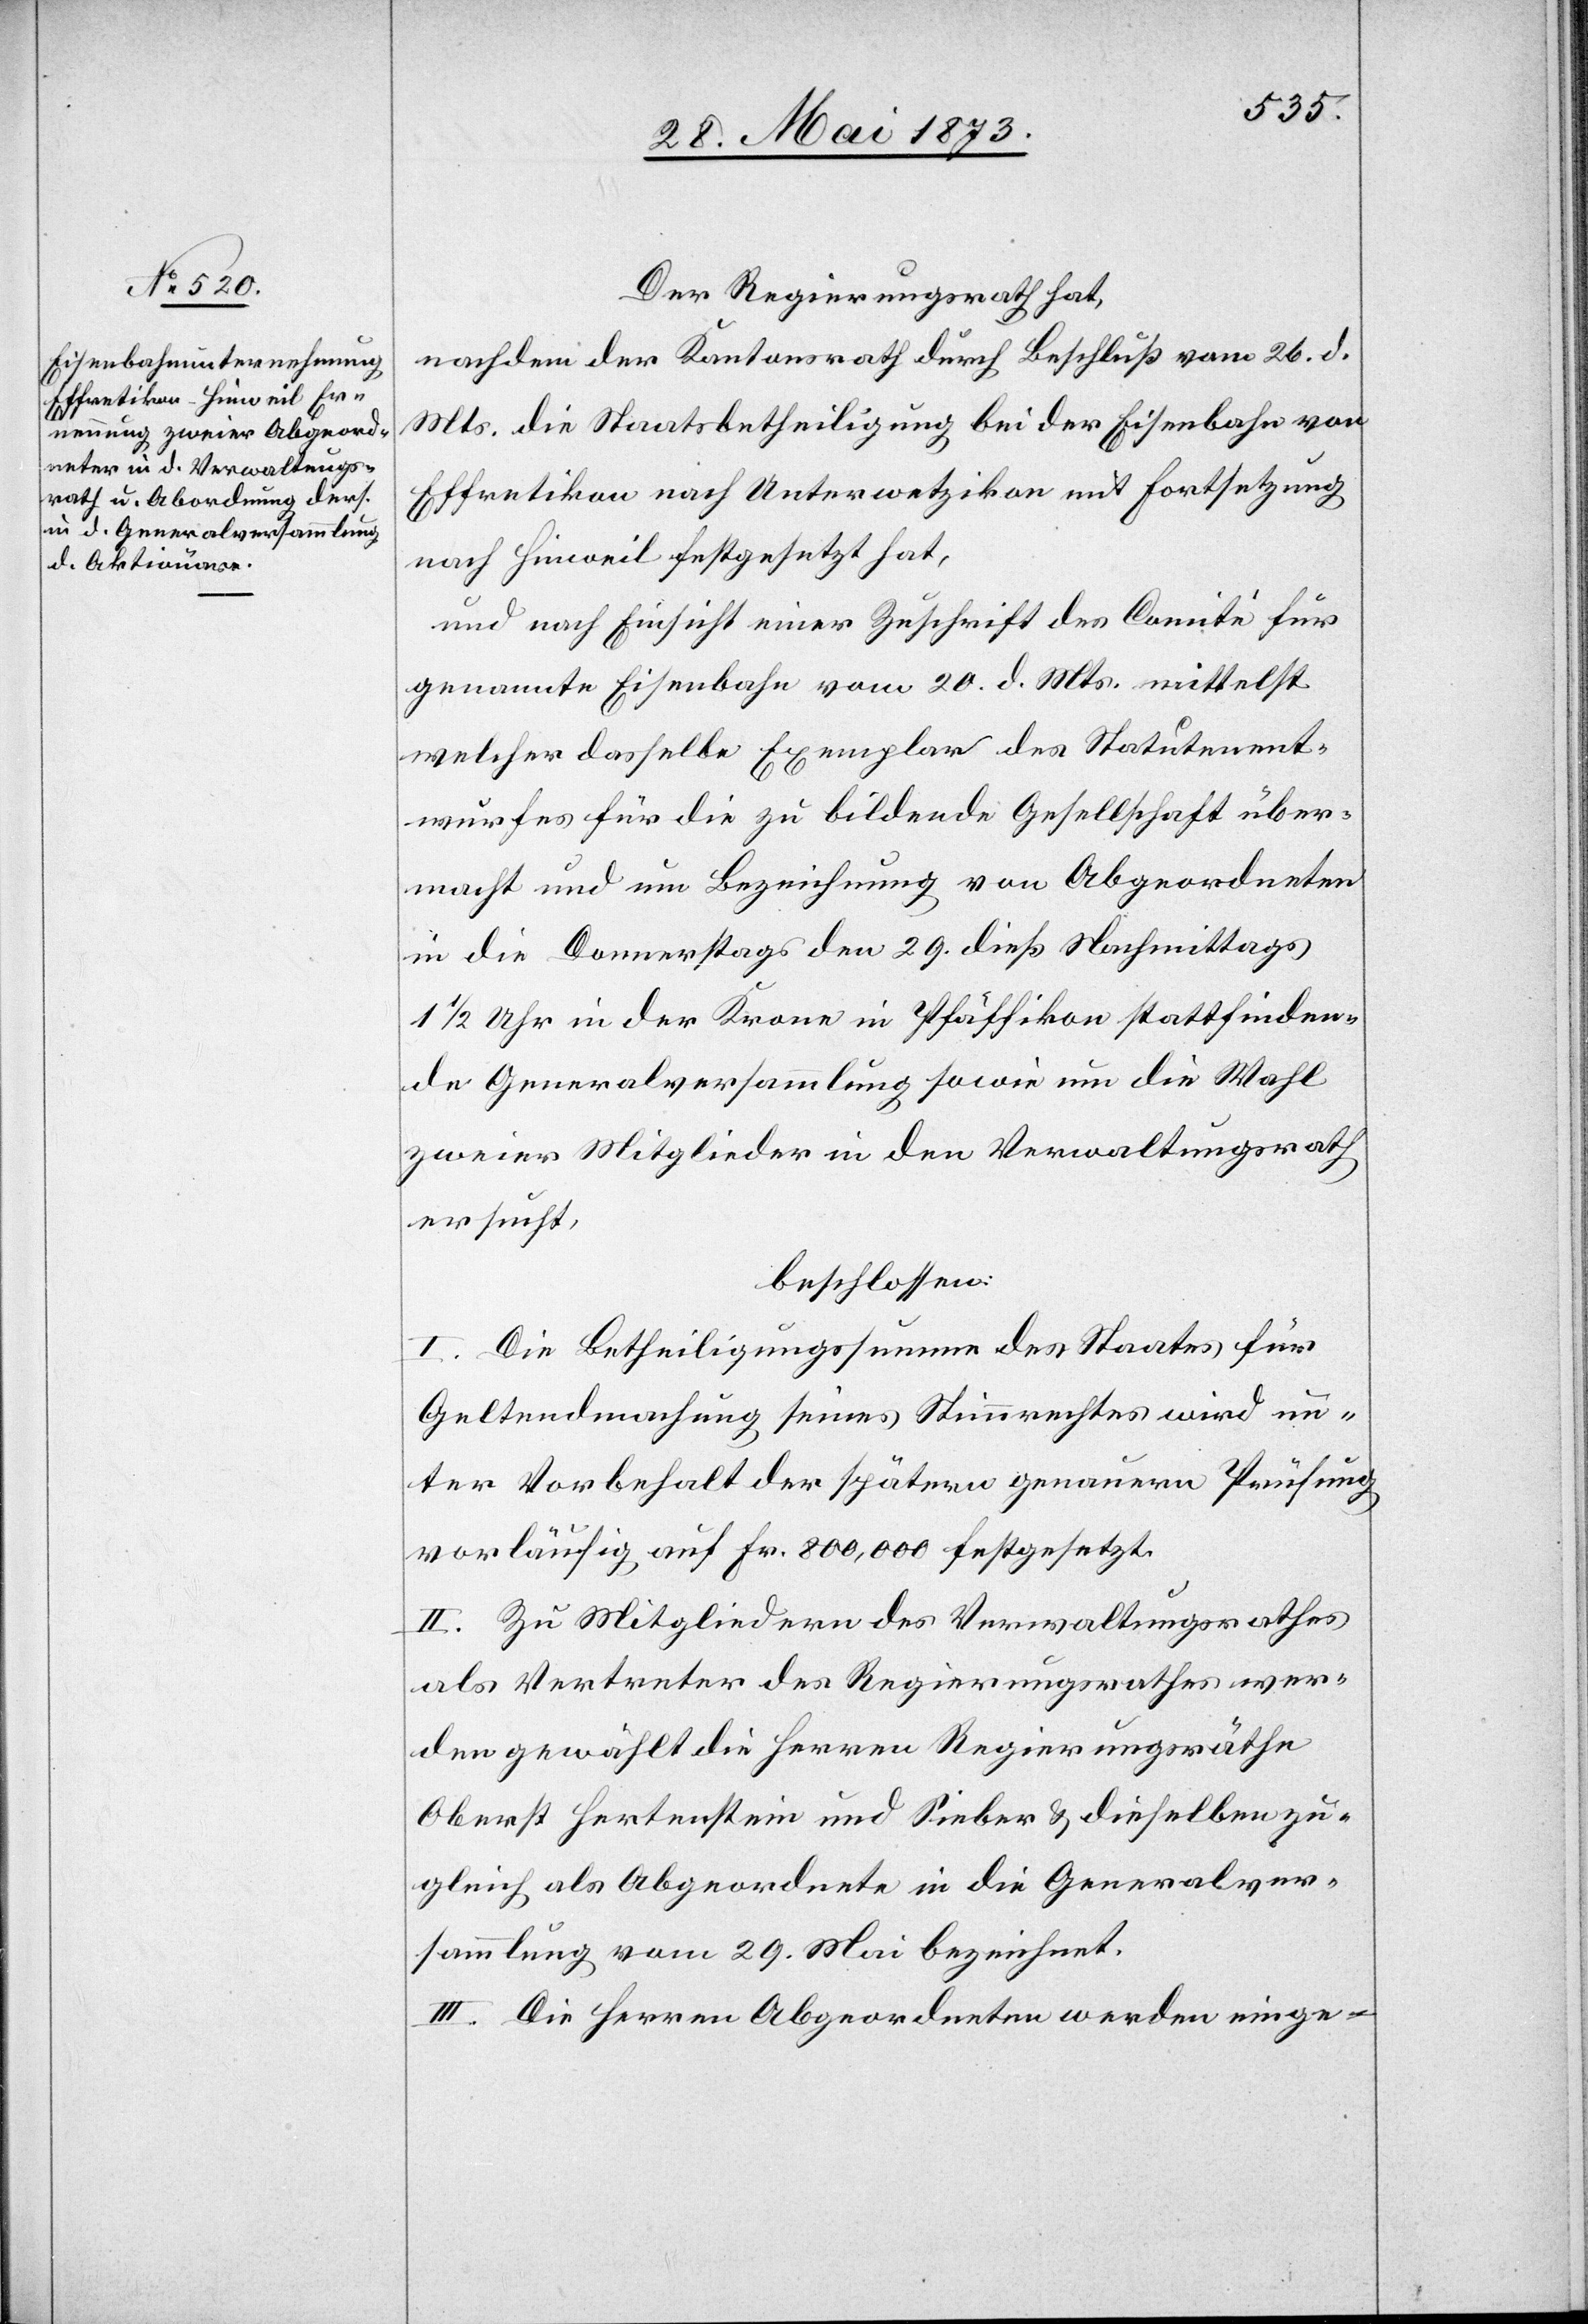
Der Regierungsrath hat,
nachdem der Kantonsrath durch Beschluß vom 26. d.
Mts. die Staatsbetheiligung bei der Eisenbahn von
Effretikon nach Unterwetzikon mit Fortsetzung
nach Hinweil festgesetzt hat,
und nach Einsicht einer Zuschrift des Comité für
genannte Eisenbahn vom 20. d. Mts. mittelst
welcher dasselbe Exemplar des Statutenent¬
wurfes für die zu bildende Gesellschaft über¬
macht und um Bezeichnung von Abgeordneten
in die Donnerstags den 29. dieß Nachmittags
1 1/2 Uhr in der Krone in Pfäffikon stattfinden¬
de Generalversammlung sowie um die Wahl
zweier Mitglieder in den Verwaltungsrath
ersucht,
beschlossen:
I. Die Betheiligungssumme des Staates für
Geltendmachung seines Stimmrechtes wird un¬
ter Vorbehalt der spätern genauern Prüfung
vorläufig auf Fr. 800,000 festgesetzt.
II. Zu Mitgliedern des Verwaltungsrathes
als Vertreter des Regierungsrathes wer¬
den gewählt die Herren Regierungsräthe
Oberst Hertenstein und Sieber & dieselben zu¬
gleich als Abgeordnete in die Generalver¬
sammlung vom 29. Mai bezeichnet.
III. Die Herren Abgeordneten werden einge-